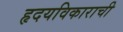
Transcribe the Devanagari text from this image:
हृदयविकाराची